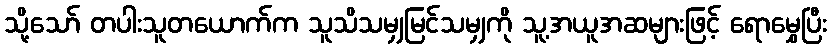
သို့သော် တပါးသူတယောက်က သူသိသမျှမြင်သမျှကို သူ့အယူအဆများဖြင့် ရောမွှေပြီး